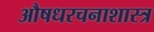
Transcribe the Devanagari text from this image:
औषधरचनाशास्त्र